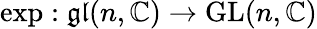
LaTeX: \exp:{\mathfrak{gl}}(n,\mathbb{C})\to{\mathrm{GL}}(n,\mathbb{C})